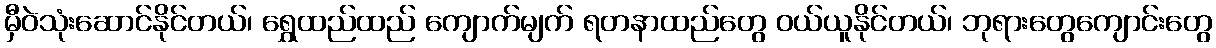
မှီဝဲသုံးဆောင်နိုင်တယ်၊ ရွှေထည်ထည် ကျောက်မျက် ရတနာထည်တွေ ဝယ်ယူနိုင်တယ်၊ ဘုရားတွေကျောင်းတွေ